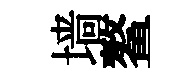
墙鳌